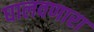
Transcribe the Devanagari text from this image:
घालवणारा